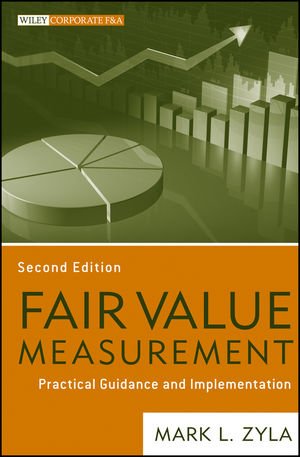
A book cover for Fair Value Measurement: Practical Guidance and Implementation; Mark L. Zyla; Business & Money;